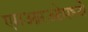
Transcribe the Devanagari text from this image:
एमआरओमध्ये